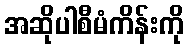
အဆိုပါစီမံကိန်းကို